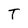
Character: T